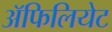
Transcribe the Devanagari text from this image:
अॅफिलियेट